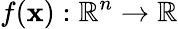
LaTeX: f(\mathbf{x}):\mathbb{R}^{n}\to\mathbb{R}